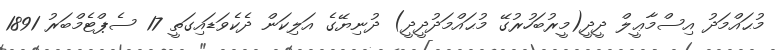
މުޙައްމަދު އިސްމާޢީލް ދީދީ(މީރުބަހުރުގޭ މުޙައްމަދުދީދީ) ދުނިޔޭގެ އަލިކަން ދެކެވަޑައިގަތީ 17 ސެޕްޓެމްބަރު 1891